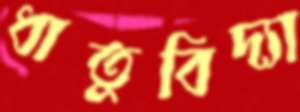
ধাতুবিদ্যা